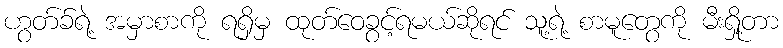
ဟွတ်ခ်ရဲ့ အမှာစာကို ရရှိမှ ထုတ်ဝေခွင့်ရမယ်ဆိုရင် သူ့ရဲ့ စာမူတွေကို မီးရှို့တာ